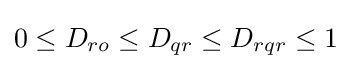
0\leq D_{ro}\leq D_{qr}\leq D_{rqr}\leq 1